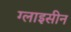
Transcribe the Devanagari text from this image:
ग्लाइसीन